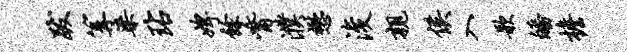
跋篝梁玷婢余觜濮懋浚亲侯入歌皤檐